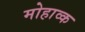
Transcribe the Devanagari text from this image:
मोहाव्क